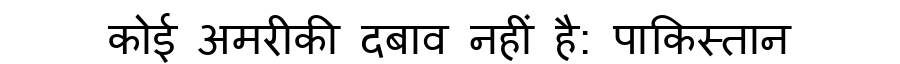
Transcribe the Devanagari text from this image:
कोई अमरीकी दबाव नहीं है: पाकिस्तान